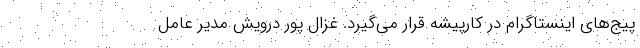
پیج‌های اینستاگرام در کارپیشه قرار می‌گیرد. غزال پور درویش مدیر عامل